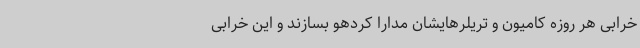
خرابی هر روزه کامیون و تریلرهایشان مدارا کردهو بسازند و این خرابی